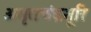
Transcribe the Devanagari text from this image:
अमृतचंद्रसूरि